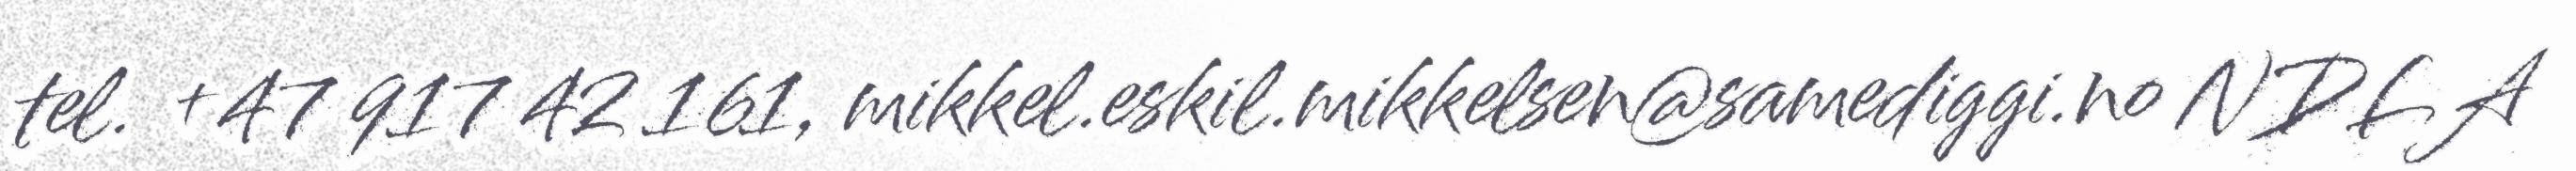
tel. +47 917 42 161, mikkel.eskil.mikkelsen@samediggi.no NDLA